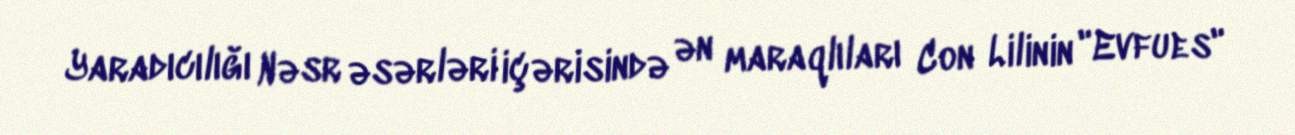
Yaradıcılığı Nəsr əsərləri içərisində ən maraqlıları Con Lilinin "Evfues"